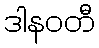
ဒါနဝတီ